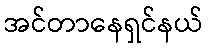
အင်တာနေရှင်နယ်